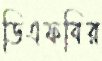
ডিএফবির